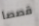
قصصا